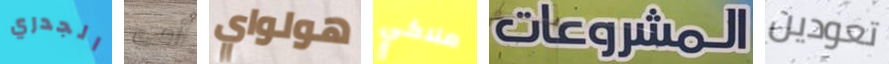
الجدري أمي هولواي ملاكي المشروعات تعودين